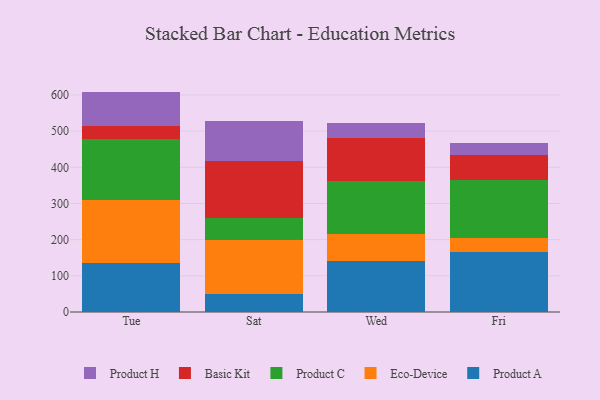
{"axis": {"x": "Day", "y": "Latency (ms)"}, "legend": ["Basic Kit", "Eco-Device", "Product A", "Product C", "Product H"], "data": [{"x": "Tue", "y": 135.2, "type": "Product A"}, {"x": "Tue", "y": 174.3, "type": "Eco-Device"}, {"x": "Tue", "y": 168.1, "type": "Product C"}, {"x": "Tue", "y": 36.6, "type": "Basic Kit"}, {"x": "Tue", "y": 95.1, "type": "Product H"}, {"x": "Sat", "y": 48.9, "type": "Product A"}, {"x": "Sat", "y": 150.8, "type": "Eco-Device"}, {"x": "Sat", "y": 60.4, "type": "Product C"}, {"x": "Sat", "y": 157.3, "type": "Basic Kit"}, {"x": "Sat", "y": 111.8, "type": "Product H"}, {"x": "Wed", "y": 140.0, "type": "Product A"}, {"x": "Wed", "y": 74.7, "type": "Eco-Device"}, {"x": "Wed", "y": 146.8, "type": "Product C"}, {"x": "Wed", "y": 120.0, "type": "Basic Kit"}, {"x": "Wed", "y": 42.1, "type": "Product H"}, {"x": "Fri", "y": 166.0, "type": "Product A"}, {"x": "Fri", "y": 37.9, "type": "Eco-Device"}, {"x": "Fri", "y": 161.9, "type": "Product C"}, {"x": "Fri", "y": 68.5, "type": "Basic Kit"}, {"x": "Fri", "y": 32.9, "type": "Product H"}]}